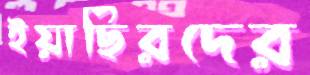
ইয়াছিরদের